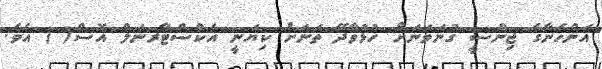
އަންހެނާގެ ޖިންސީ ގުނަވަނަށް ހުޅުވާދޭ ތަނަށް ކިޔަނީ އެކްސްޓާރނަލް އޮސް( ) އެވެ.